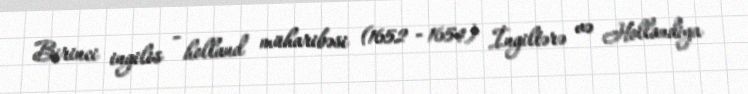
Birinci ingilis - holland müharibəsi (1652 - 1654) İngiltərə və Hollandiya